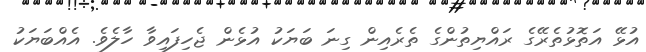
އުޅޭ އަތޮޅުތެރޭގެ ރައްޔިތުންގެ ތެރެއިން ގިނަ ބަޔަކު އުޅެން ޖެހިފައިވާ ހާލެވެ. އެއްބަޔަކު